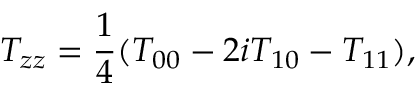
T _ { z z } = \frac { 1 } { 4 } ( T _ { 0 0 } - 2 i T _ { 1 0 } - T _ { 1 1 } ) ,